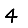
Digit: 4